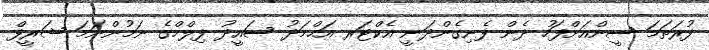
ފުރަތަމަ ސީންއަށްފަހު ދެން ފެނިގެންދަނީ އެކްޓަރ އަޙްމަދު ސައީދު ފިލްމްގެ ނަމުންނަމަ ޝަރީފް